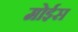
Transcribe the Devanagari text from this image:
मोईस